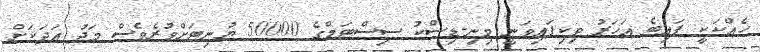
ހެއްކަކީ ފައިބެ އަހަރު ވިކިފައިވަނީ މިނި-ޑިސްކު ސިސްޓަމްގެ 50000 ޔުނިޓަށްވުރެވެސް މަދު އަދަކަށް